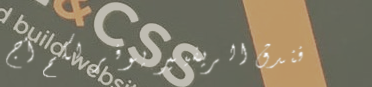
فندق الريفيير يوفر لكم أج